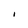
Character: I